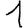
Digit: 1